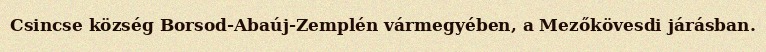
Csincse község Borsod-Abaúj-Zemplén vármegyében, a Mezőkövesdi járásban.